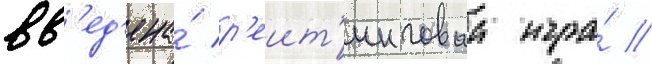
вв'ед'ена́ р'еит'инговаа игра́ /